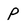
Character: p